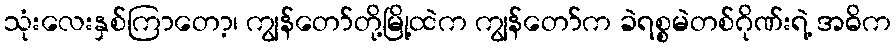
သုံးလေးနှစ်ကြာတော့၊ ကျွန်တော်တို့မြို့ထဲက ကျွန်တော်က ခဲရစ္စမဲတစ်ဂိုဏ်းရဲ့ အဓိက